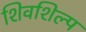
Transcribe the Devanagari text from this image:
शिवशिल्प